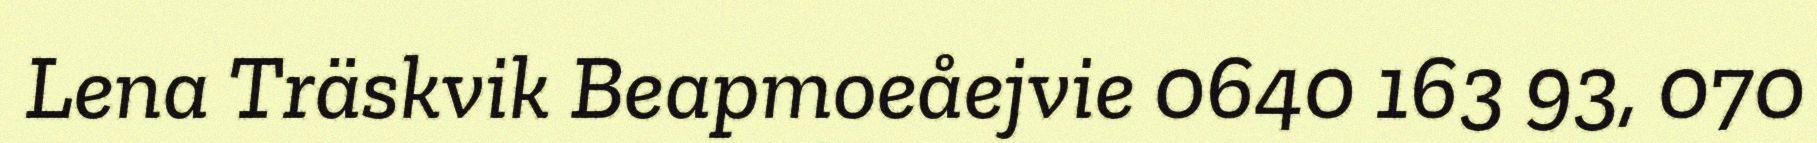
Lena Träskvik Beapmoeåejvie 0640 163 93, 070